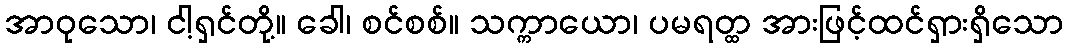
အာဝုသော၊ ငါ့ရှင်တို့။ ခေါ၊ စင်စစ်။ သက္ကာယော၊ ပမရတ္ထ အားဖြင့်ထင်ရှားရှိသော